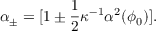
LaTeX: \alpha _ { \pm } = [ 1 \pm \frac { 1 } { 2 } \kappa ^ { - 1 } \alpha ^ { 2 } ( \phi _ { 0 } ) ] .